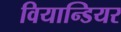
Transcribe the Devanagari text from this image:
वियान्डियर